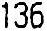
136